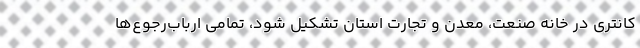
کانتری در خانه صنعت، معدن و تجارت استان تشکیل شود، تمامی ارباب‌رجوع‌ها